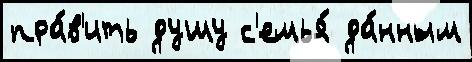
пра́в'ить душу с'емья́ да́нным